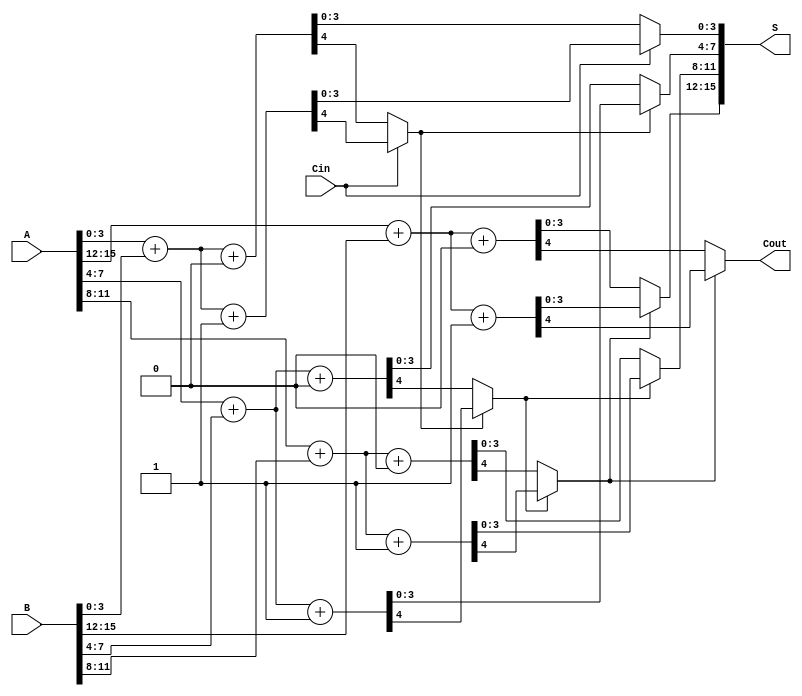
module CarrySelectAdder #(parameter n = 16, parameter m = 4) (
    input  [n-1:0] A,
    input  [n-1:0] B,
    input         Cin,
    output [n-1:0] S,
    output         Cout
);

    localparam num_blocks = n / m;

    wire [m-1:0] S0[num_blocks-1:0];
    wire [m-1:0] S1[num_blocks-1:0];
    wire Cout0[num_blocks-1:0];
    wire Cout1[num_blocks-1:0];
    wire carry[num_blocks:0];

    // Generate carry signals and sums for each block
    genvar i;
    generate
        for (i = 0; i < num_blocks; i = i + 1) begin : block
            wire [m-1:0] A_block = A[m*i +: m];
            wire [m-1:0] B_block = B[m*i +: m];

            // Compute sums and carries for carry-in = 0
            assign {Cout0[i], S0[i]} = A_block + B_block + 1'b0;

            // Compute sums and carries for carry-in = 1
            assign {Cout1[i], S1[i]} = A_block + B_block + 1'b1;
        end
    endgenerate

    // Generate carry signals for each block
    assign carry[0] = Cin;

    generate
        for (i = 0; i < num_blocks; i = i + 1) begin : mux
            assign S[m*i +: m] = carry[i] ? S1[i] : S0[i];
            assign carry[i+1] = carry[i] ? Cout1[i] : Cout0[i];
        end
    endgenerate

    // Final carry-out
    assign Cout = carry[num_blocks];

endmodule